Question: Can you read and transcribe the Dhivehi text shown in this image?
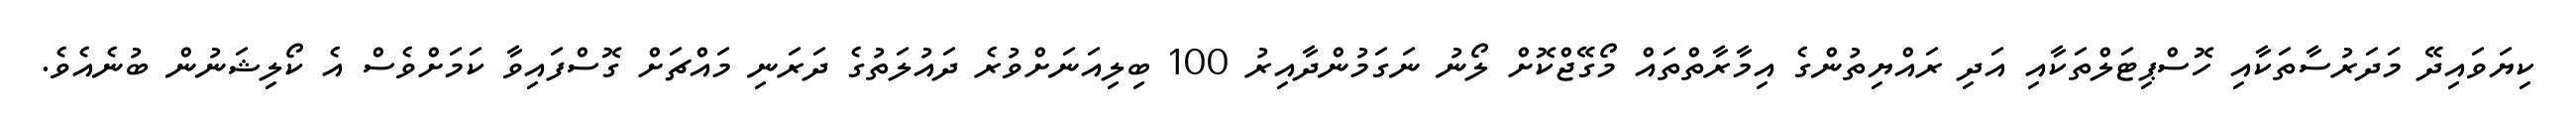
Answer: ކިޔަވައިދޭ މަދަރުސާތަކާއި ހޮސްޕިޓަލްތަކާއި އަދި ރައްޔިތުންގެ އިމާރާތްތައް މޯގޭޖްކޮށް ލޯނު ނަގަމުންދާއިރު 100 ބިލިއަނަށްވުރެ ދައުލަތުގެ ދަރަނި މައްޗަށް ގޮސްފައިވާ ކަމަށްވެސް އެ ކޯލިޝަނުން ބުނެއެވެ.